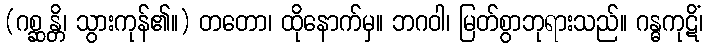
(ဂစ္ဆန္တိ၊ သွားကုန်၏။) တတော၊ ထိုနောက်မှ။ ဘဂဝါ၊ မြတ်စွာဘုရားသည်။ ဂန္ဓကုဋိံ၊